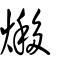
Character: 熪